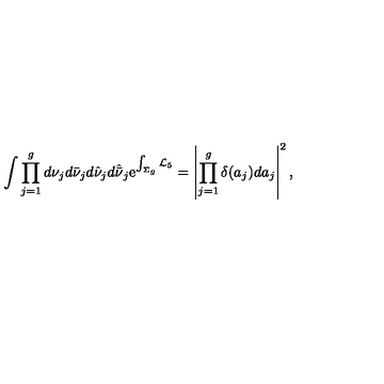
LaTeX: \int \prod _ { j = 1 } ^ { g } d \nu _ { j } d \bar { \nu } _ { j } d \hat { \nu } _ { j } d \hat { \bar { \nu } } _ { j } \mathrm { e } ^ { \int _ { \Sigma _ { g } } { \cal L } _ { 5 } } = \left| \prod _ { j = 1 } ^ { g } \delta ( a _ { j } ) d a _ { j } \right| ^ { 2 } ,